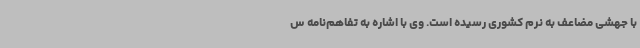
با جهشی مضاعف به نرم کشوری رسیده است. وی با اشاره به تفاهم‌نامه س